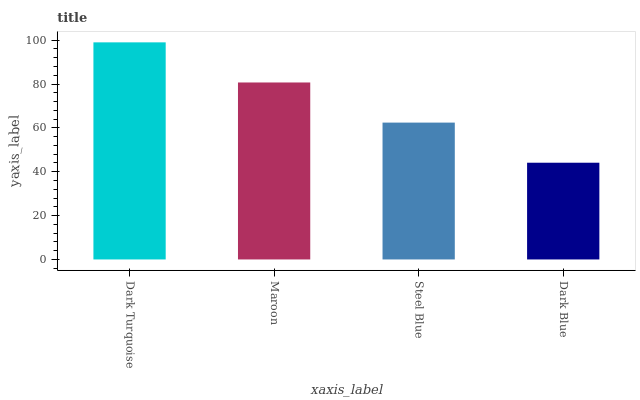
| xaxis_label | bars |
 | --- | --- |
 | Dark Turquoise | 99 |
 | Maroon | 80.7 |
 | Steel Blue | 62.4 |
 | Dark Blue | 44.1 |